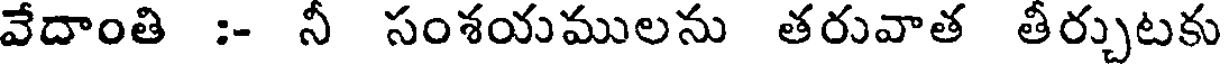
వేదాంతి :- నీ సంశయములను తరువాత తీర్చుటకు